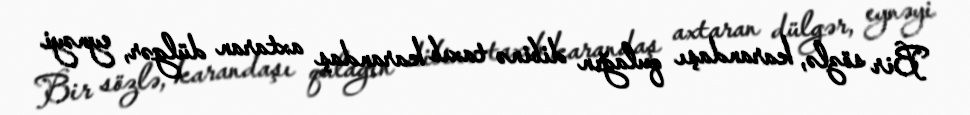
Bir sözlə, karandaşı qulağın dibinə taxıb karandaş axtaran dülgər, eynəyi